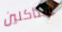
ستأكلين